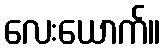
လေးယောက်။